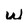
Character: w